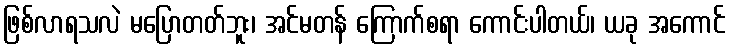
ဖြစ်လာရသလဲ မပြောတတ်ဘူး၊ အင်မတန် ကြောက်စရာ ကောင်းပါတယ်၊ ယခု အကောင်